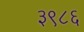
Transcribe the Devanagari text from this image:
३९८६